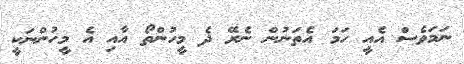
ނަމަވެސް އެއީ ހަމަ އެތަނުން ނެރޭ ދެ މީހުންތޯ އާއި އެ މީހުންނަކީ